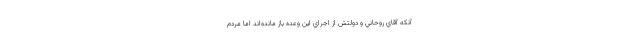
آنكه آقاي روحاني و دولتش از اجراي اين وعده باز مانده‌اند اما مردم